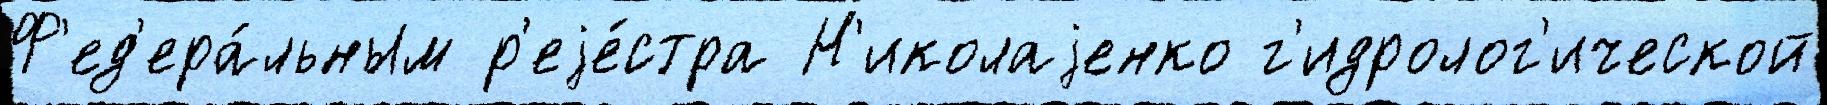
Ф'ед'ера́льным р'еjе́стра Н'иколаjенко г'идролог'ической